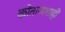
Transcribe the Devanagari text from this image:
कोतानाशाही